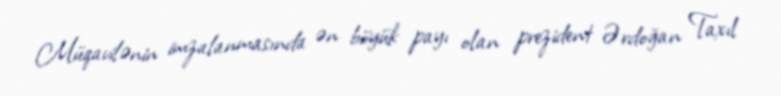
Müqavilənin imzalanmasında ən böyük payı olan prezident Ərdoğan Taxıl